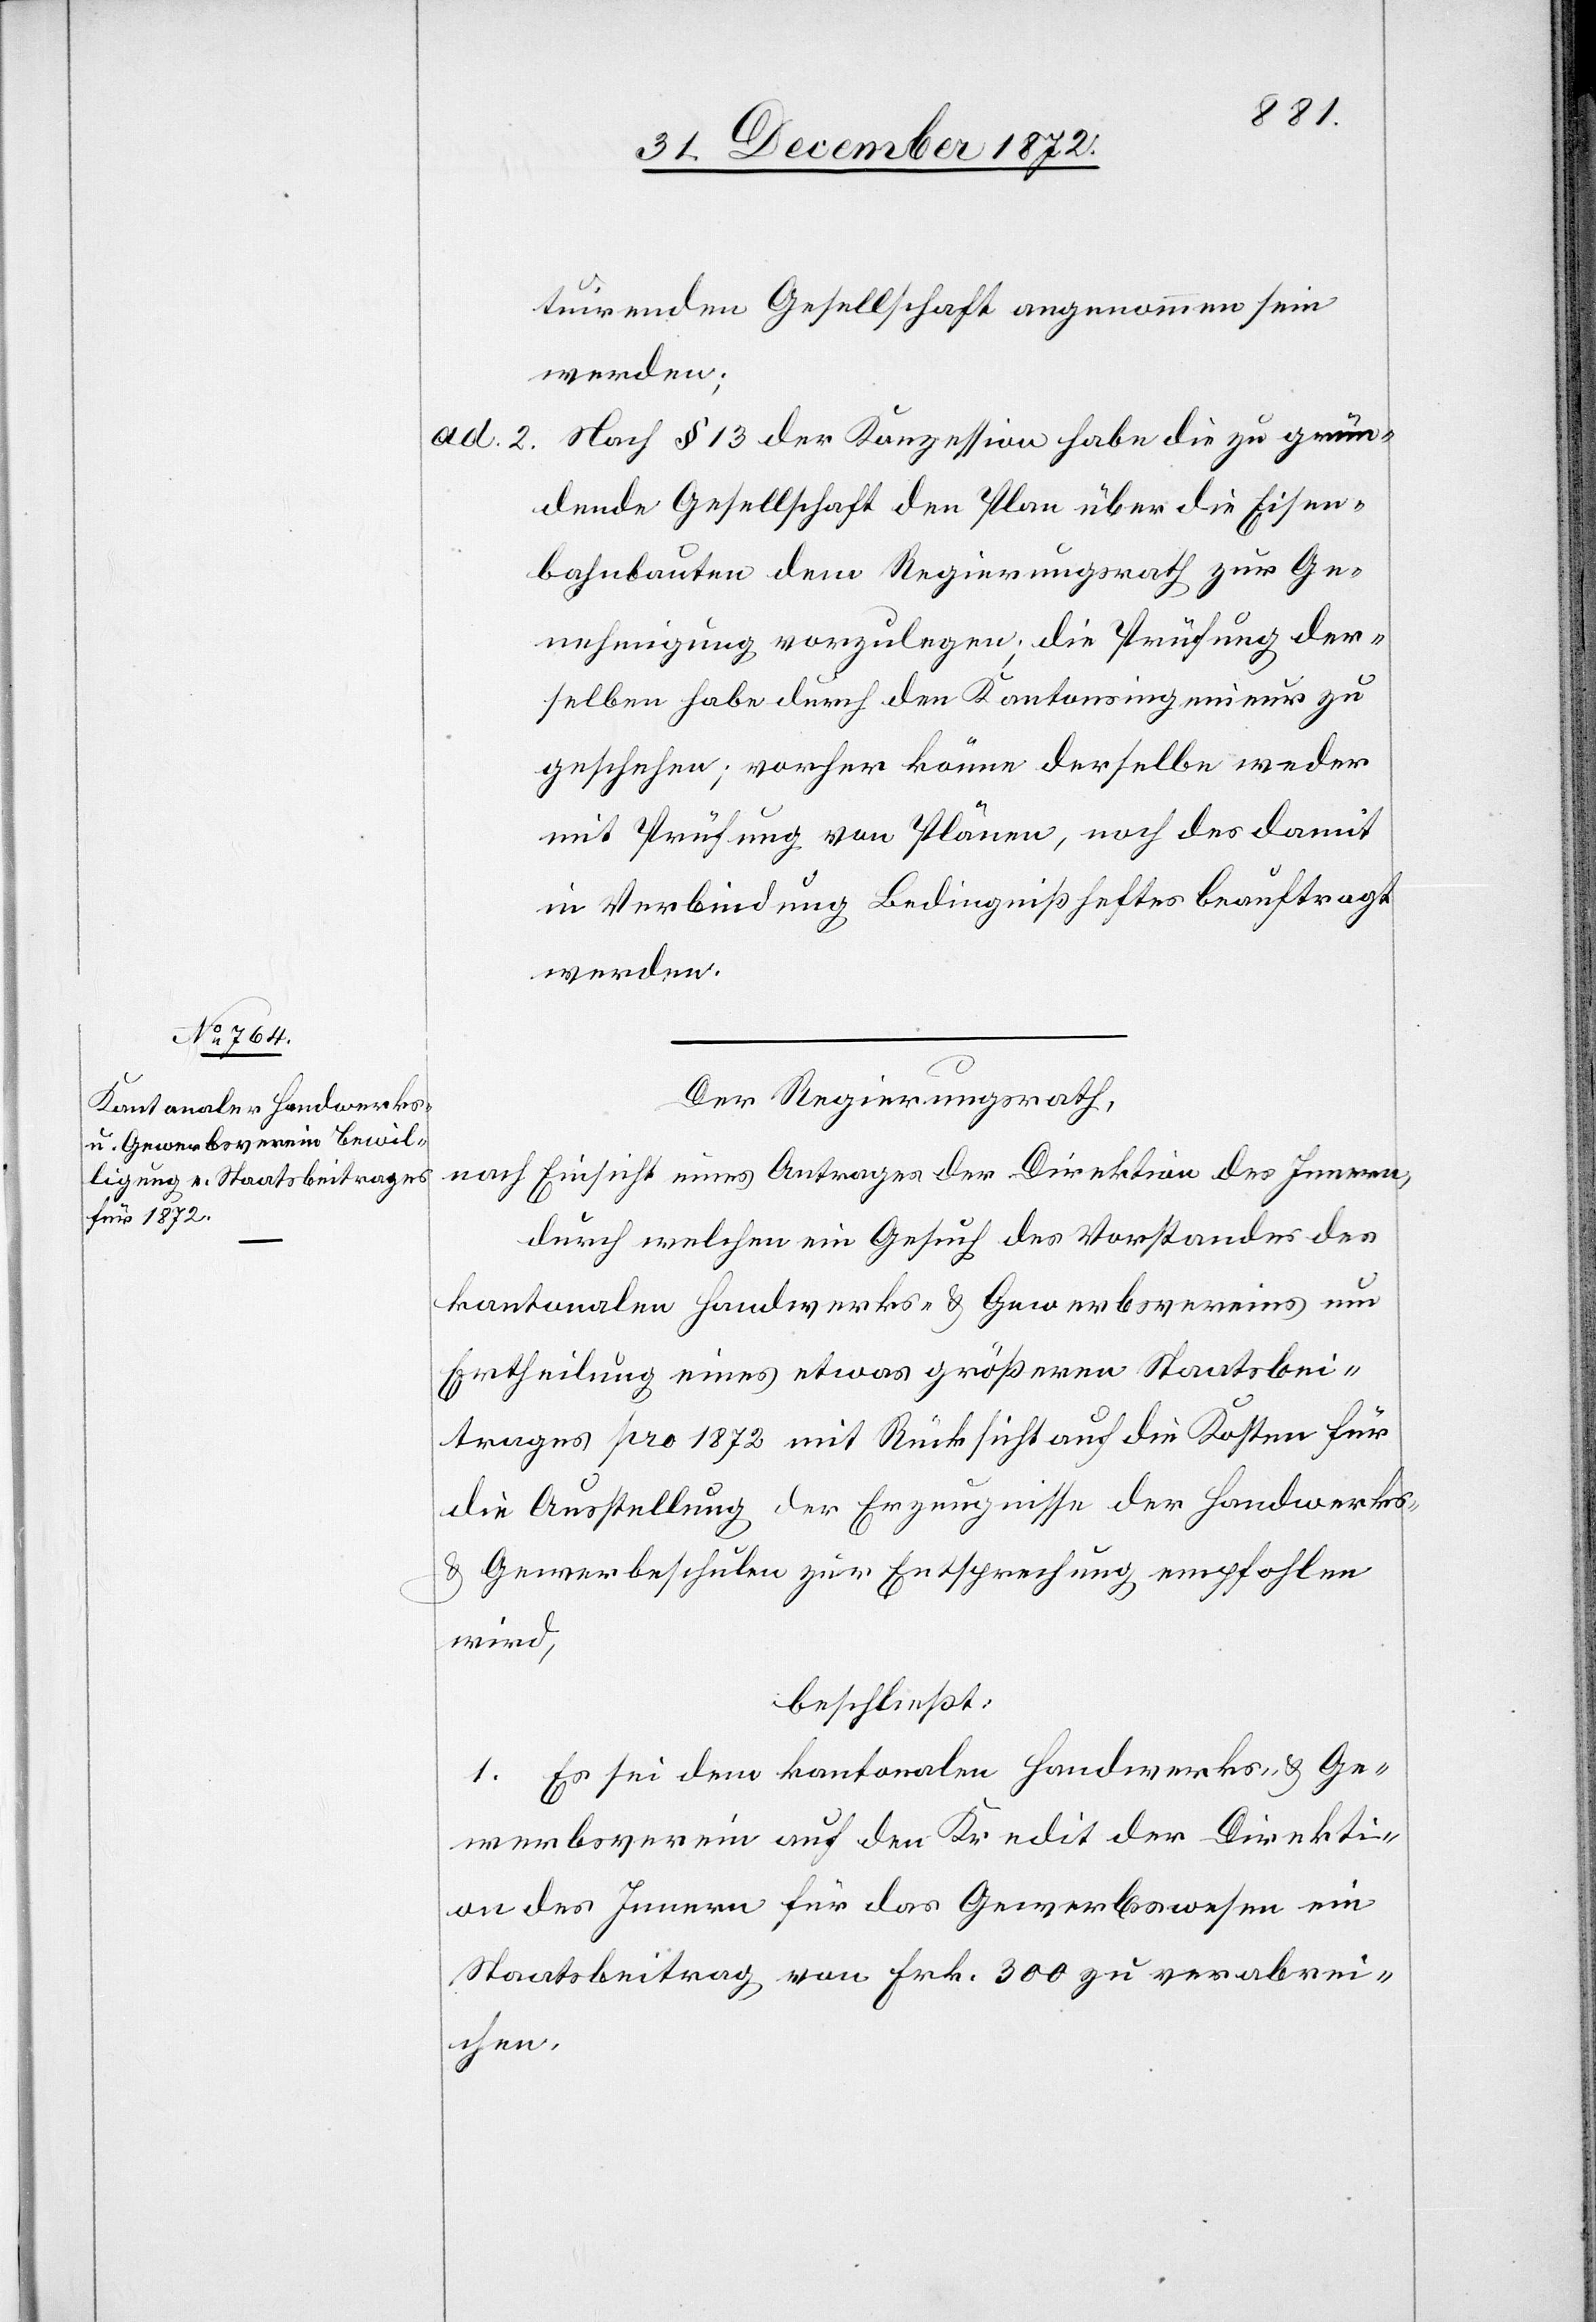
tuirenden Gesellschaft angenommen sein
werden;
Nach § 13 der Konzession habe die zu grün¬
ad. 2.
dende Gesellschaft den Plan über die Eisen¬
bahnbauten dem Regierungsrath zur Ge¬
nehmigung vorzulegen; die Prüfung der¬
selben habe durch den Kantonsingenieur zu
geschehen; vorher könne derselbe weder
mit Prüfung von Plänen, noch des damit
in Verbindung Bedingnißheftes beauftragt
werden.
Der Regierungsrath,
nach Einsicht eines Antrages der Direktion des Innern,
durch welchen ein Gesuch des Vorstandes des
kantonalen Handwerks- u. Gewerbsvereins um
Ertheilung eines etwas größeren Staatsbei¬
trages pro 1873 mit Rücksicht auf die Kosten für
die Ausstellung der Erzeugnisse der Handwerks-
u. Gewerbeschulen zur Entsprechung empfohlen
wird,
beschließt:
1. Es sei dem kantonalen Handwerks- u. Ge¬
werbsverein auf den Kredit der Direkti¬
on des Innern für das Gewerbswesen ein
Staatsbeitrag von Frk. 300 zu verabrei¬
chen.